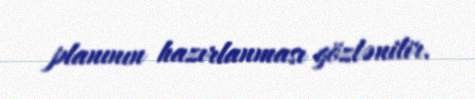
planının hazırlanması gözlənilir.